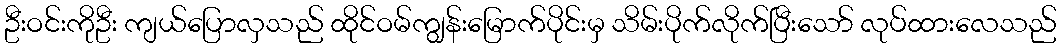
ဦးဝင်းကိုဦး ကျယ်ပြောလှသည် ထိုင်ဝမ်ကျွန်းမြောက်ပိုင်းမှ သိမ်းပိုက်လိုက်ပြီးသော် လုပ်ထားလေသည်